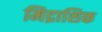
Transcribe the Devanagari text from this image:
मिद्राशिक